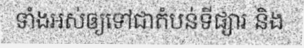
ទាំងអស់ឲ្យទៅជាតំបន់ទីផ្សារ និង